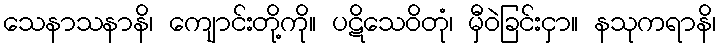
သေနာသနာနိ၊ ကျောင်းတို့ကို။ ပဋိသေဝိတုံ၊ မှီဝဲခြင်းငှာ။ နသုကရာနိ၊